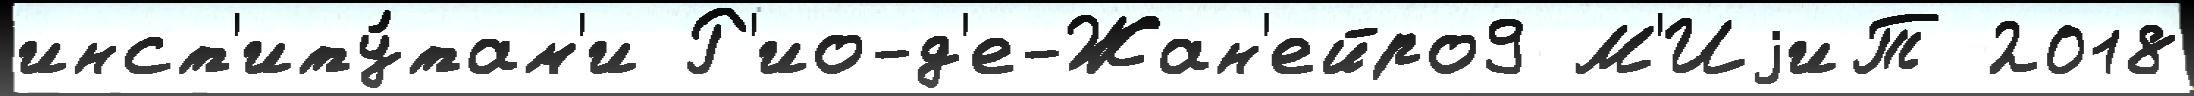
инст'иту́там'и Р'ио-д'е-Жан'ейро9 М'ИjиТ 2018